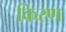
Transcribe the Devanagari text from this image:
किरण